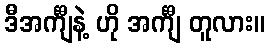
ဒီအင်္ကျီနဲ့ ဟို အင်္ကျီ တူလား။